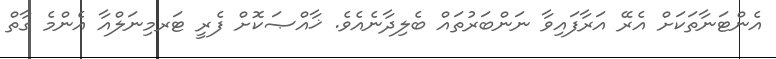
އެންޓަނާތަކަށް އެރޭ އަރާފައިވާ ނަންބަރުތައް ބެލިދާނެއެވެ. ޚާއްޞަކޮށް ފެރީ ޓަރމިނަލްއާ އެންމެ ގާތް